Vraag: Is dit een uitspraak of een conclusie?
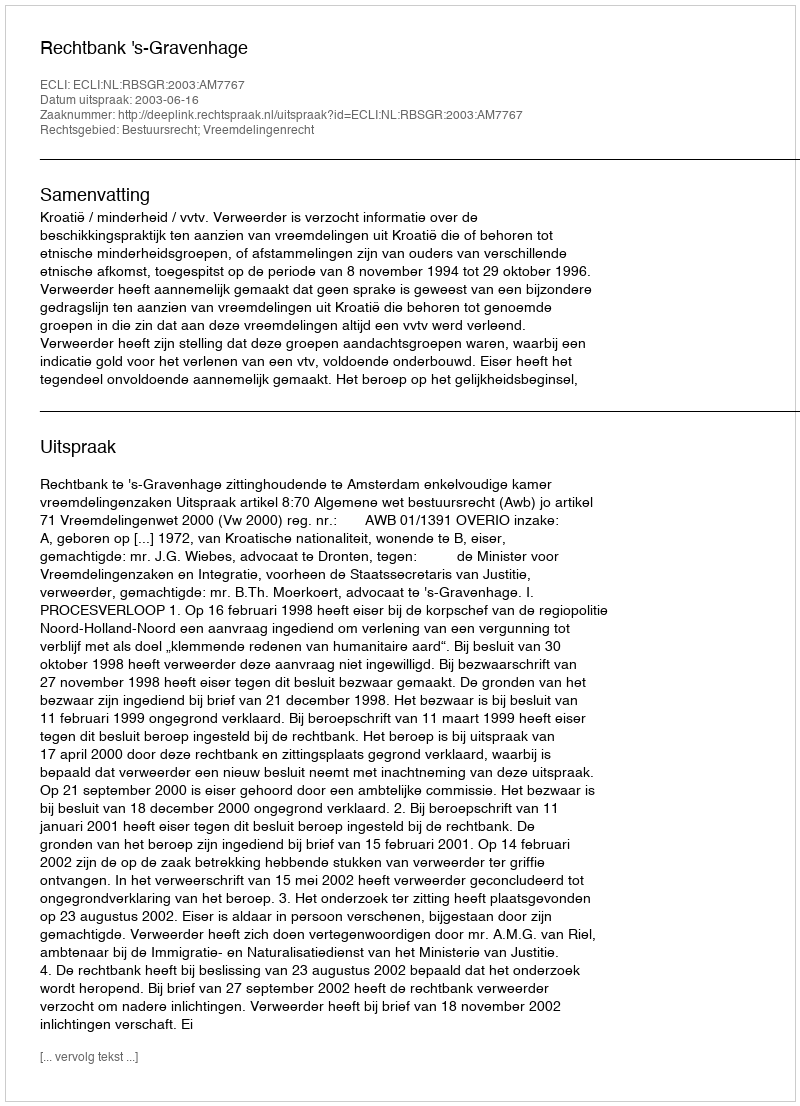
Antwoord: Uitspraak